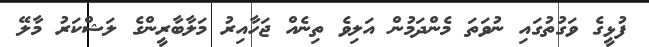
ފުޅީގެ ވަގުތުގައި ނުވަތަ މެންދަމުން އަލިވެ ތިނެއް ޖަހާއިރު މަލާބާރީންގެ ލަޝްކަރު މާލޭ